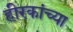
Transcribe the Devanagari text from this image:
हीरकांच्या